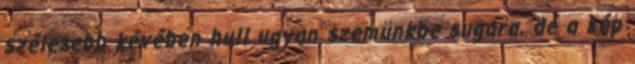
szélesebb kévében hull ugyan szemünkbe sugara, de a kép